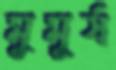
মুমূর্ষ